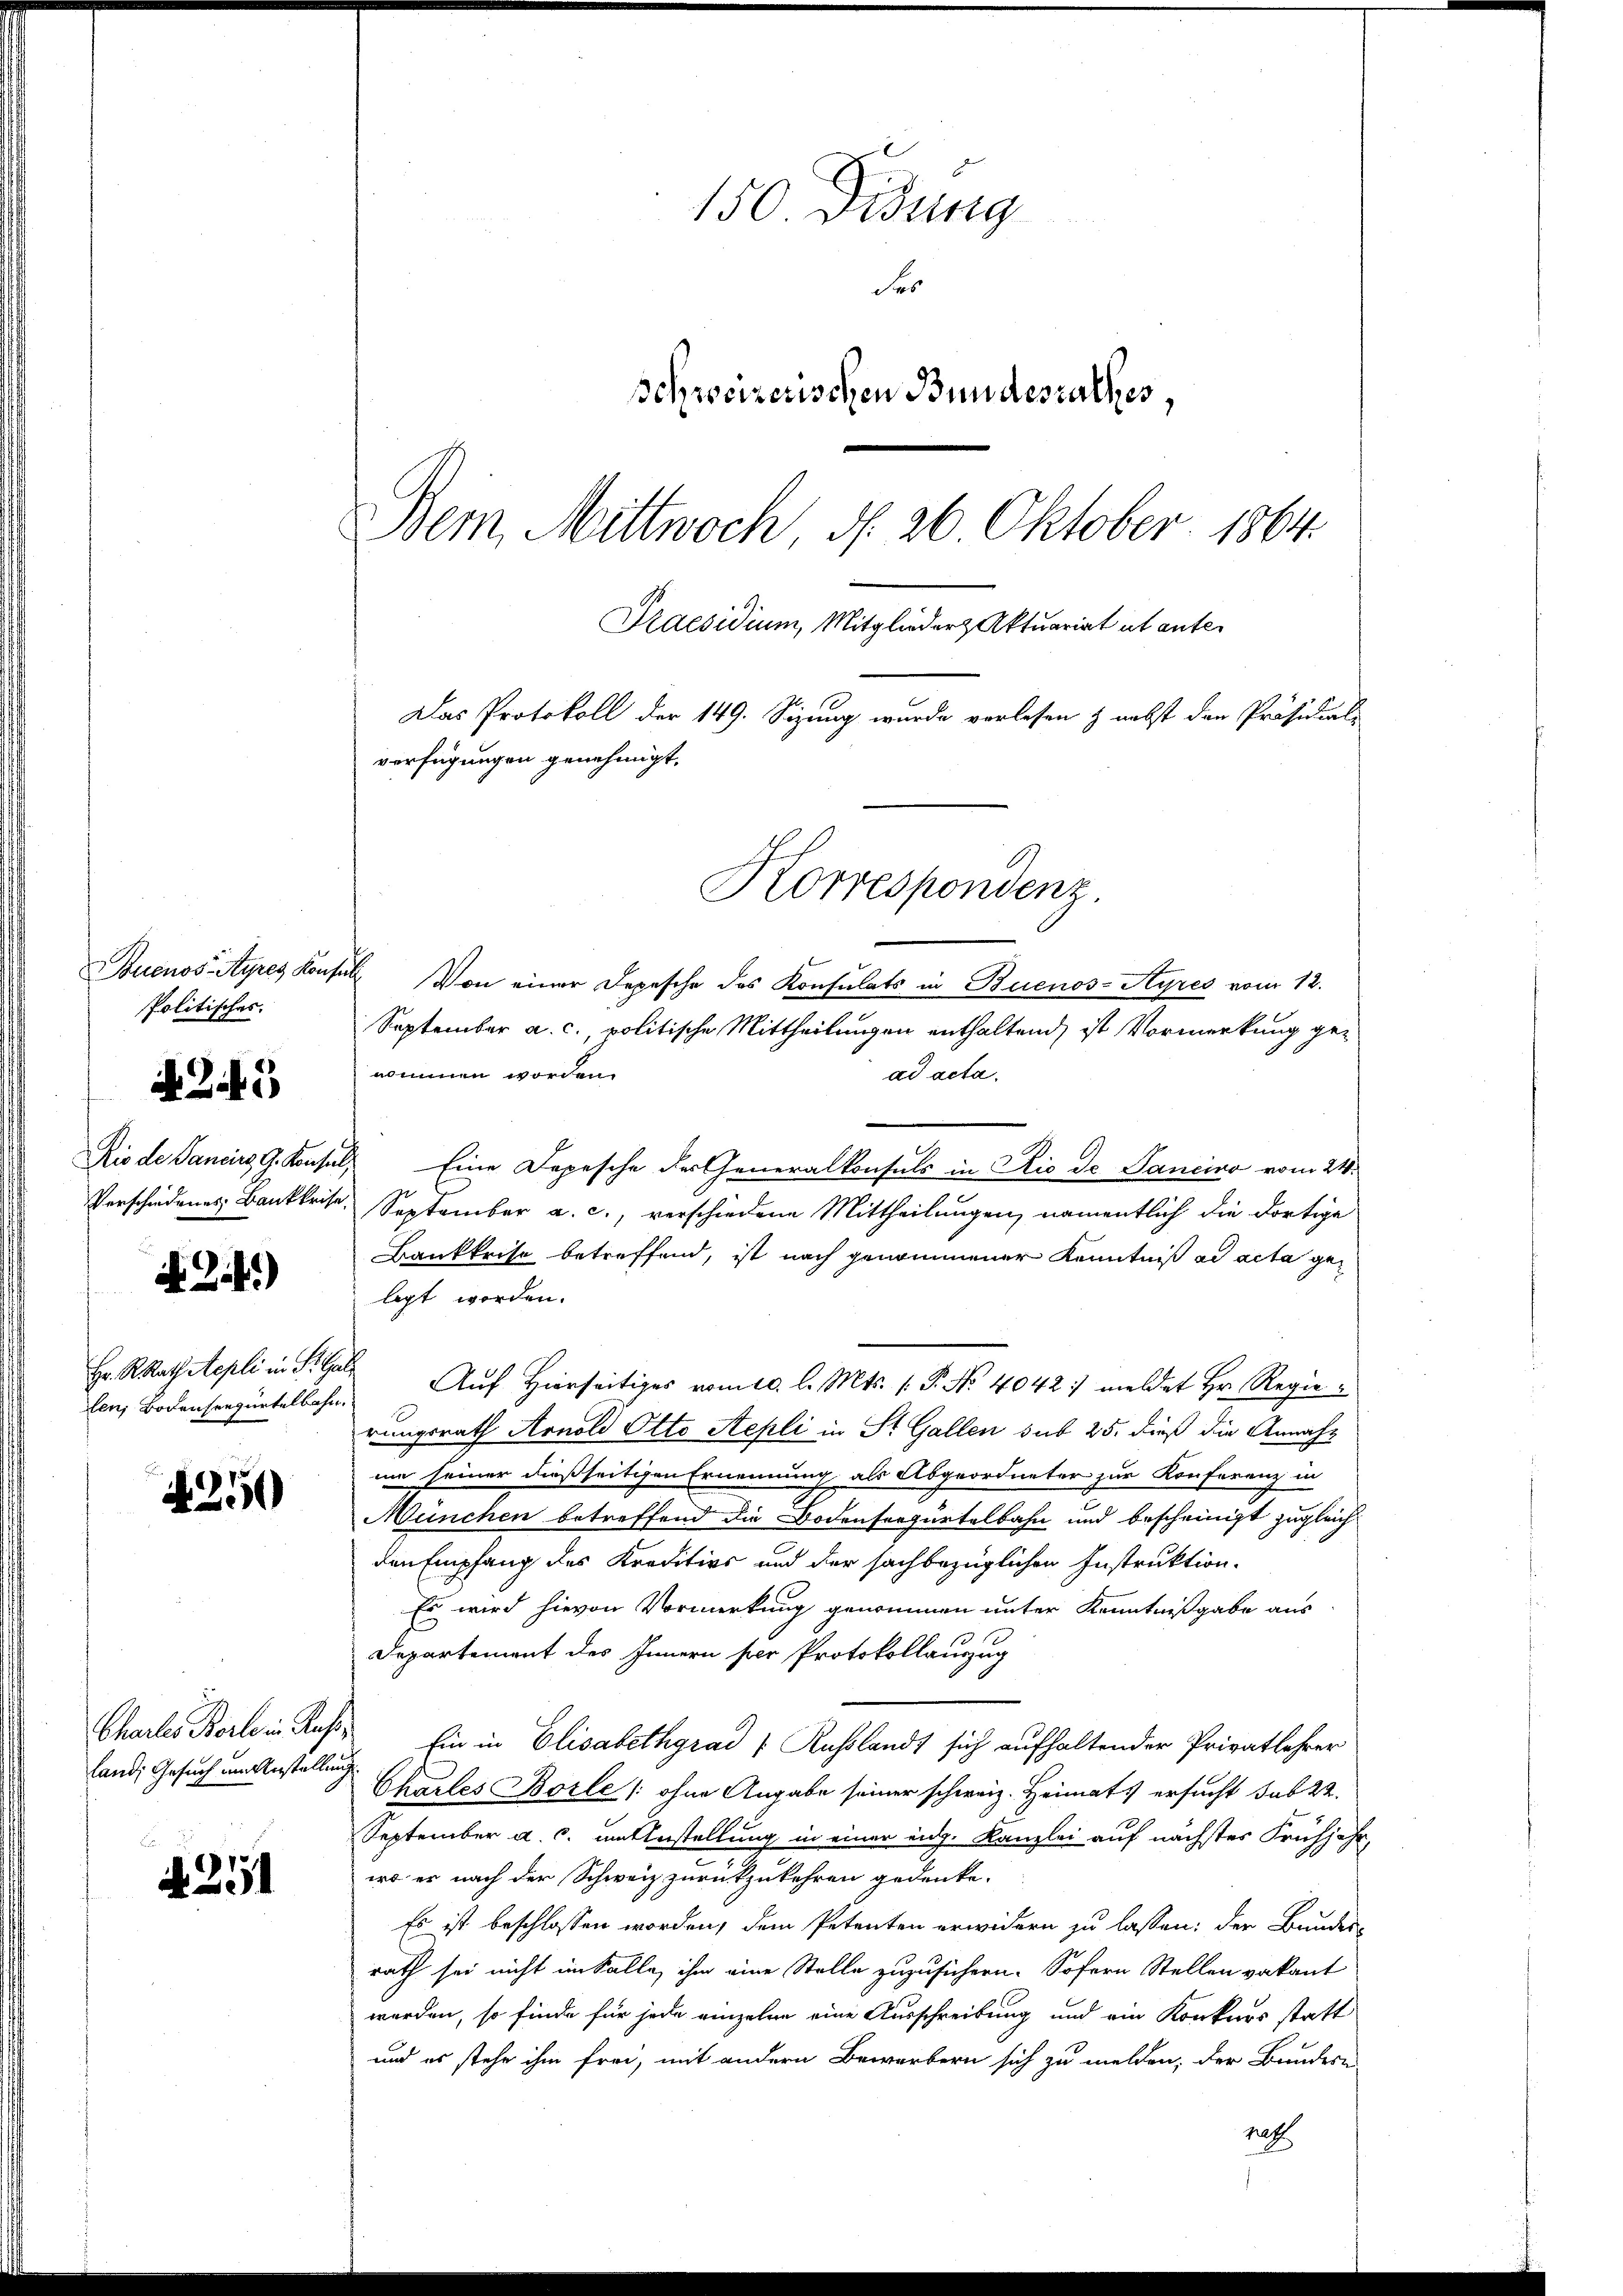
Buenos-Ayres Konse
Politisches.

Zit

Rio de Pancirg, G. Konsin
Verschiedenes Bankkrise

N 2.)

Hr. R. Rath Aepli in St. Ga
len, Bodenseegürtelbahn

N 250

Chartes Berte in Rusland, Gesuch um Anstellung

. 25

150 Didung
Fer
schweizerischen Bundesrathes,
Bei Mittwoch, d. 26. Oktober 1864.
Praesidium, Mitglieder Aktuariat ut ante¬
Das Protokoll der 149. Sizung wurde verlesen & nebst den Präsidial-
verfügungen genehmigt.

Korrespondenz

G. Von einer Depesche des Konsulats in Buenos-Ayres vom 12.
September a. c., politische Mittheilungen enthaltend, ist Vormerkung genommen worden.
ad acta.
2 Eine Depesche der Generalkonsuls in Rio de Sancino vom 24.
September a. c., verschiedene Mittheilungen, namentlich die dortige
Bankkeise betreffend, ist nach genommener Kenntniß ad acta gelegt worden.
 Auf Hierseitiges vom 10. l. Mts. (: P. No 4042:/ meldet Hr. Regierungsrath Arnold Otto Stepli in St. Gallen sub 25. dieß die Annahme seiner dießseitigen Ernennung als Abgeordneter zur Konferenz in
München betreffend die Bodenseegurtelbahn und bescheinigt zugleich
den Empfang des Kreditivs und der sachbezüglichen Instruktion.
Es wird hievon Vormerkung genommen unter Kenntnißgabe aus
Departement des Innern per Protokollauszug
 Ein in Elisabethgrad Rußlandt sich aufhaltender Privatlehrer
Charles Borle /: ohne Angabe seiner schweiz. Heimats ersucht sub 22.
September a. c. unlustellung in einer eng. Kanzlei auf nächstes Frühjahr,
wo er nach der Schweiz zurückzukehren gedenke.
Es ist beschlossen worden, dem Petenten erwidern zu lassen; der Bundes-
rath sei nicht im Falle, ihm eine Stelle zuzusichern. Sofern Stellen vakant
werden, so finde für jede einzelne eine Ausschreibung und ein Konkurs statt
und es stehe ihm frei, mit andern Bewerbern sich zu melden, der Bundern-
pest